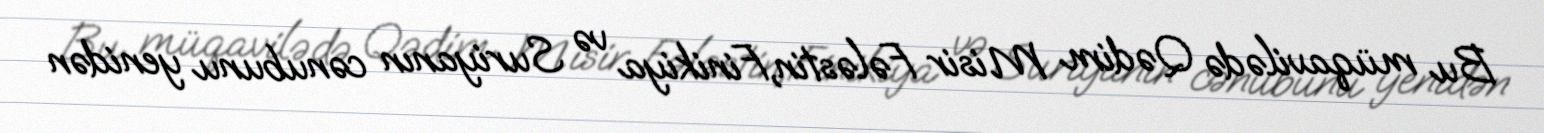
Bu müqavilədə Qədim Misir Fələstin,Finikiya və Suriyanın cənubunu yenidən